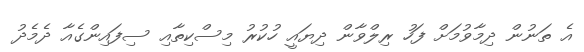
އެ ތަނުން ދިމާވުމަށް ފަހު ރިލްވާން ދިޔައީ ހުކުރު މިސްކިތާއި ސިފައިންގެއާ ދެމެދު